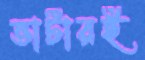
ভাটারই